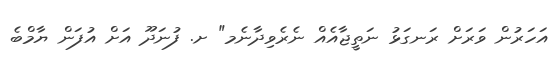
އަހަރުން ވަރަށް ރަނގަޅު ނަތީޖާއެއް ނެރެވިދާނެމ" ށ. ފުނަދޫ އަށް އުފަން ޔާމްބެ